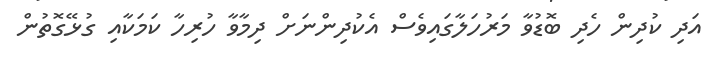
އަދި ކުދިން ހެދި ބޮޑުވާ މަރުހަލާގައިވެސް އެކުދިންނަށް ދިމާވާ ހުރިހާ ކަމަކާއި ގުޅޭގޮތުން